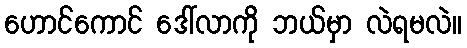
ဟောင်ကောင် ဒေါ်လာကို ဘယ်မှာ လဲရမလဲ။